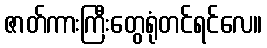
ဇာတ်ကားကြီးတွေရုံတင်ရင်လေ။